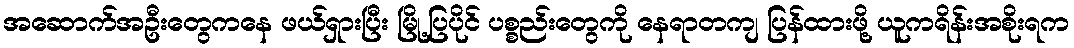
အဆောက်အဦးတွေကနေ ဖယ်ရှားပြီး မြို့ပြပိုင် ပစ္စည်းတွေကို နေရာတကျ ပြန်ထားဖို့ ယူကရိန်းအစိုးရက